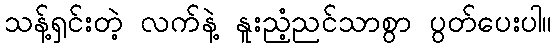
သန့်ရှင်းတဲ့ လက်နဲ့ နူးညံ့ညင်သာစွာ ပွတ်ပေးပါ။